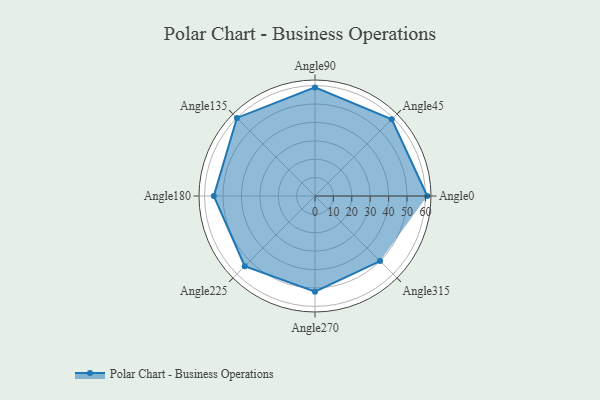
{"axis": {"x": "Angle", "y": "Radius"}, "legend": [""], "data": [{"x": "Angle0", "y": 61.0, "type": ""}, {"x": "Angle45", "y": 59.0, "type": ""}, {"x": "Angle90", "y": 59.0, "type": ""}, {"x": "Angle135", "y": 60.0, "type": ""}, {"x": "Angle180", "y": 55.0, "type": ""}, {"x": "Angle225", "y": 54.0, "type": ""}, {"x": "Angle270", "y": 52.0, "type": ""}, {"x": "Angle315", "y": 50, "type": ""}]}